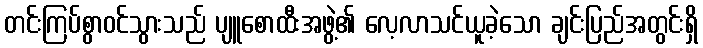
တင်းကြပ်စွာဝင်သွားသည် ပျူစောထီးအဖွဲ့၏ လေ့လာသင်ယူခဲ့သော ချင်းပြည်အတွင်းရှိ